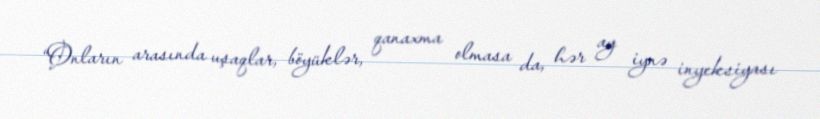
“Onların arasında uşaqlar, böyüklər, qanaxma olmasa da, hər ay iynə inyeksiyası